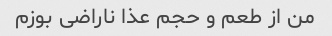
من از طعم و حجم عذا ناراضی بوزم